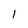
Character: l